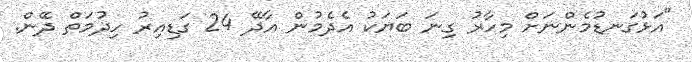
"އަޅުގަނޑުމެންނަށް މިހާރު ގިނަ ބަޔަކު އެދެމުން އާދޭ 24 ގަޑިއިރު ހިދުމަތް ދޭން.